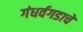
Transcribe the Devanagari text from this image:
गंधर्वगडाचे